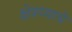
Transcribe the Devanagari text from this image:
क्षेत्रय्याचे